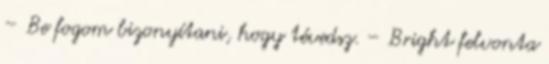
– Be fogom bizonyítani, hogy tévedsz. – Bright felvonta